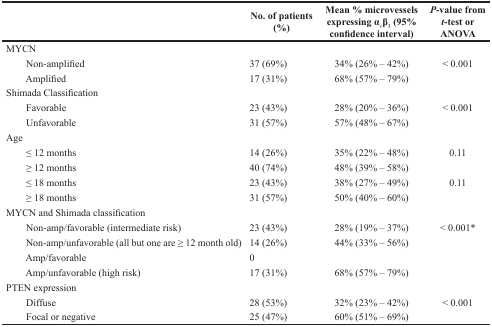
<table><thead><tr><td></td><td><b>No. of patients (%)</b></td><td><b>Mean % microvessels expressingα<sub>v</sub>β<sub>3</sub> (95% confidence interval)</b></td><td><b><i>P</i>-value from <i>t</i>-test or ANOVA</b></td></tr></thead><tbody><tr><td>MYCN</td><td></td><td></td><td></td></tr><tr><td> Non-amplified</td><td>37 (69%)</td><td>34% (26% – 42%)</td><td>&lt; 0.001</td></tr><tr><td> Amplified</td><td>17 (31%)</td><td>68% (57% – 79%)</td><td></td></tr><tr><td>Shimada Classification</td><td></td><td></td><td></td></tr><tr><td> Favorable</td><td>23 (43%)</td><td>28% (20% – 36%)</td><td>&lt; 0.001</td></tr><tr><td> Unfavorable</td><td>31 (57%)</td><td>57% (48% – 67%)</td><td></td></tr><tr><td>Age</td><td></td><td></td><td></td></tr><tr><td> ≤12 months</td><td>14 (26%)</td><td>35% (22% – 48%)</td><td>0.11</td></tr><tr><td> ≥12 months</td><td>40 (74%)</td><td>48% (39% – 58%)</td><td></td></tr><tr><td> ≤18 months</td><td>23 (43%)</td><td>38% (27% – 49%)</td><td>0.11</td></tr><tr><td> ≥18 months</td><td>31 (57%)</td><td>50% (40% – 60%)</td><td></td></tr><tr><td>MYCN and Shimada classification</td><td></td><td></td><td></td></tr><tr><td> Non-amp/favorable (intermediate risk)</td><td>23 (43%)</td><td>28% (19% – 37%)</td><td>&lt; 0.001*</td></tr><tr><td> Non-amp/unfavorable (all but one are ≥ 12 month old)</td><td>14 (26%)</td><td>44% (33% – 56%)</td><td></td></tr><tr><td> Amp/favorable</td><td>0</td><td></td><td></td></tr><tr><td> Amp/unfavorable (high risk)</td><td>17 (31%)</td><td>68% (57% – 79%)</td><td></td></tr><tr><td>PTEN expression</td><td></td><td></td><td></td></tr><tr><td> Diffuse</td><td>28 (53%)</td><td>32% (23% – 42%)</td><td>&lt; 0.001</td></tr><tr><td> Focal or negative</td><td>25 (47%)</td><td>60% (51% – 69%)</td><td></td></tr></tbody></table>